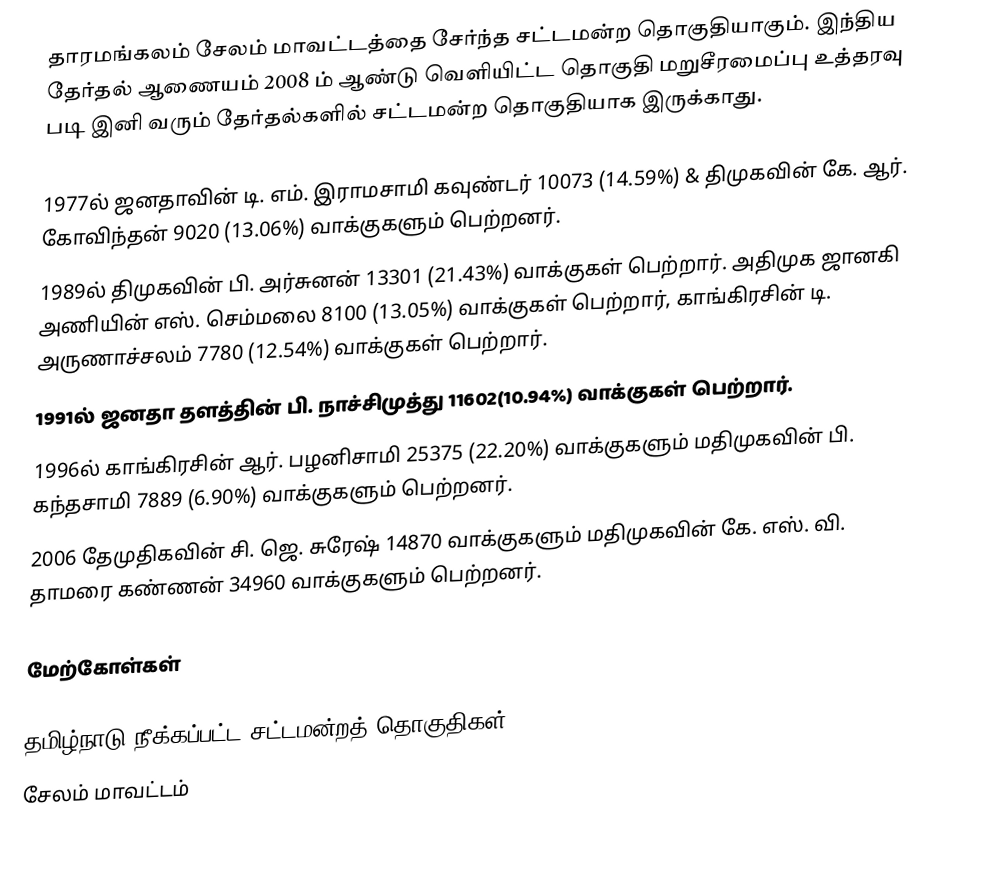
தாரமங்கலம் சேலம் மாவட்டத்தை சேர்ந்த சட்டமன்ற தொகுதியாகும். இந்திய தேர்தல் ஆணையம் 2008 ம் ஆண்டு வெளியிட்ட தொகுதி மறுசீரமைப்பு உத்தரவு படி இனி வரும் தேர்தல்களில் சட்டமன்ற தொகுதியாக இருக்காது.

1977ல் ஜனதாவின் டி. எம். இராமசாமி கவுண்டர் 10073 (14.59%) & திமுகவின் கே. ஆர். கோவிந்தன் 9020 (13.06%) வாக்குகளும் பெற்றனர்.
1989ல் திமுகவின் பி. அர்சுனன் 13301 (21.43%) வாக்குகள் பெற்றார். அதிமுக ஜானகி அணியின் எஸ். செம்மலை 8100 (13.05%) வாக்குகள் பெற்றார், காங்கிரசின் டி. அருணாச்சலம் 7780 (12.54%) வாக்குகள் பெற்றார்.
1991ல் ஜனதா தளத்தின் பி. நாச்சிமுத்து 11602(10.94%) வாக்குகள் பெற்றார்.
1996ல் காங்கிரசின் ஆர். பழனிசாமி  25375 (22.20%) வாக்குகளும் மதிமுகவின் பி. கந்தசாமி 7889 (6.90%) வாக்குகளும் பெற்றனர்.
2006 தேமுதிகவின் சி. ஜெ. சுரேஷ் 14870 வாக்குகளும் மதிமுகவின் கே. எஸ். வி. தாமரை கண்ணன் 34960 வாக்குகளும் பெற்றனர்.

மேற்கோள்கள்

தமிழ்நாடு நீக்கப்பட்ட சட்டமன்றத் தொகுதிகள்
சேலம் மாவட்டம்